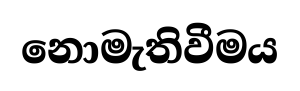
නොමැතිවීමය